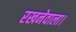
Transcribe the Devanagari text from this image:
रखनेवाला।